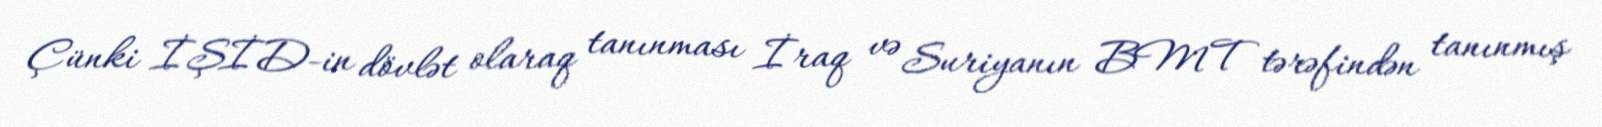
Çünki İŞİD-in dövlət olaraq tanınması İraq və Suriyanın BMT tərəfindən tanınmış